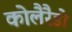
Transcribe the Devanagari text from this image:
कोलैरैडो